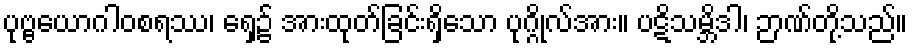
ပုဗ္ဗယောဂါဝစရဿ၊ ရှေ့၌ အားထုတ်ခြင်းရှိသော ပုဂ္ဂိုလ်အား။ ပဋိသမ္ဘိဒါ၊ ဉာဏ်တို့သည်။